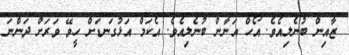
ޒާއިން ބުނެލިއެވެ. އޯހް އަނާން ބުނެލިއެވެ. އެކަމް އަޅުގަނޑަށް ހީވޭ ވަރަށް ދަންނަ